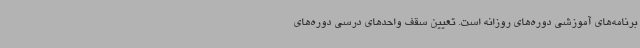
برنامه‌های آموزشی دوره‌های روزانه است. تعیین سقف واحدهای درسی دوره‌های